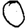
Digit: 0